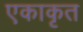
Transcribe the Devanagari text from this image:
एकाकृत